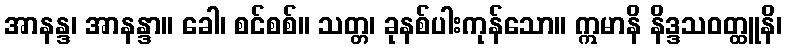
အာနန္ဒ၊ အာနန္ဒာ။ ခေါ၊ စင်စစ်။ သတ္တ၊ ခုနစ်ပါးကုန်သော။ ဣမာနိ နိဒ္ဒသဝတ္ထူနိ၊